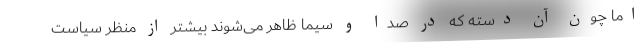
اما چون آن دسته که در صدا و سیما ظاهر می‌شوند بیشتر از منظر سیاست